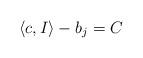
LaTeX: \begin{align*} \langle c,I\rangle -b_j = C \end{align*}